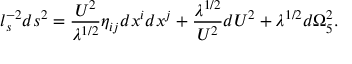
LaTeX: l _ { s } ^ { - 2 } d s ^ { 2 } = { \frac { U ^ { 2 } } { \lambda ^ { 1 / 2 } } } \eta _ { i j } d x ^ { i } d x ^ { j } + { \frac { \lambda ^ { 1 / 2 } } { U ^ { 2 } } } d U ^ { 2 } + \lambda ^ { 1 / 2 } d \Omega _ { 5 } ^ { 2 } .